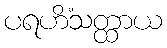
ပရဟိံသတ္ထာယ